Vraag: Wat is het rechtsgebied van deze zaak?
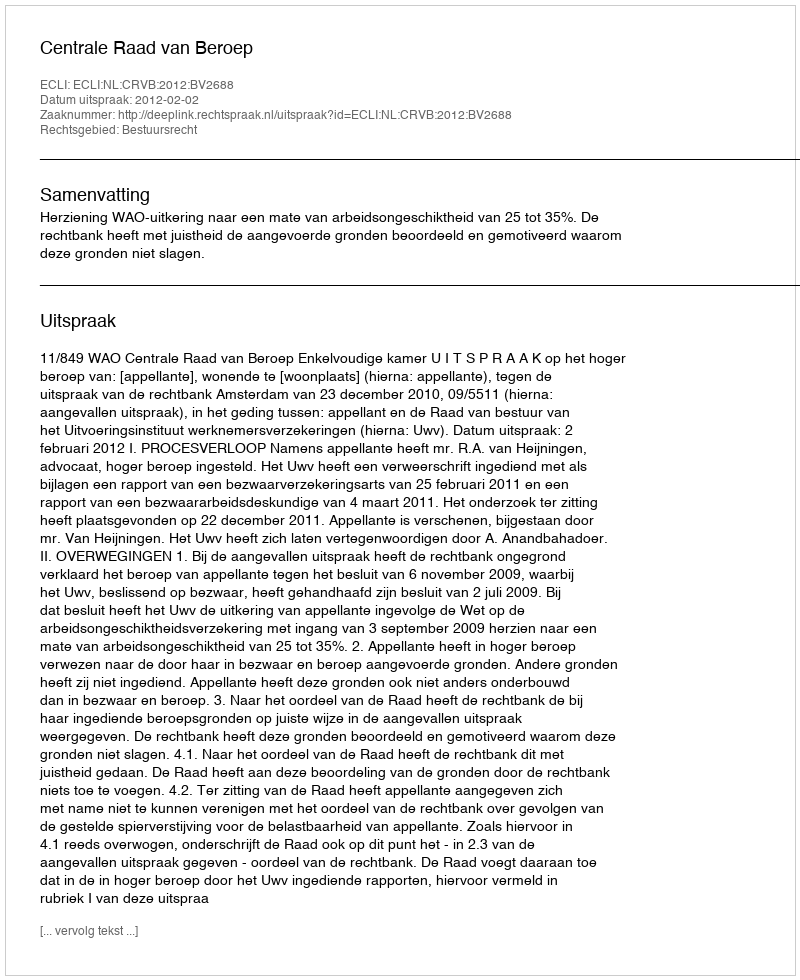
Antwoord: Bestuursrecht